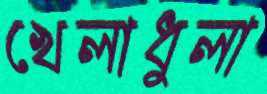
খেলাধুলা